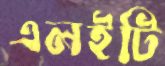
এলইটি